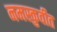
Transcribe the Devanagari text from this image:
नमस्कुर्वीत